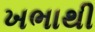
ખભાથી